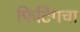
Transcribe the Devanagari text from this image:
फिटिंगचा